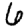
Digit: 6